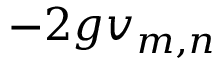
- 2 g v _ { m , n }